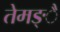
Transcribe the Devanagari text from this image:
तेमङ्ै